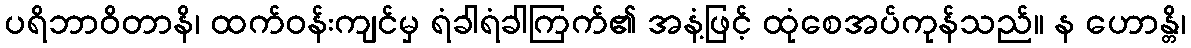
ပရိဘာဝိတာနိ၊ ထက်ဝန်းကျင်မှ ရံခါရံခါကြက်၏ အနံ့ဖြင့် ထုံစေအပ်ကုန်သည်။ န ဟောန္တိ၊